Lunatic asylums Punjab 1881-1894 - 1881-1894
Year: 1881
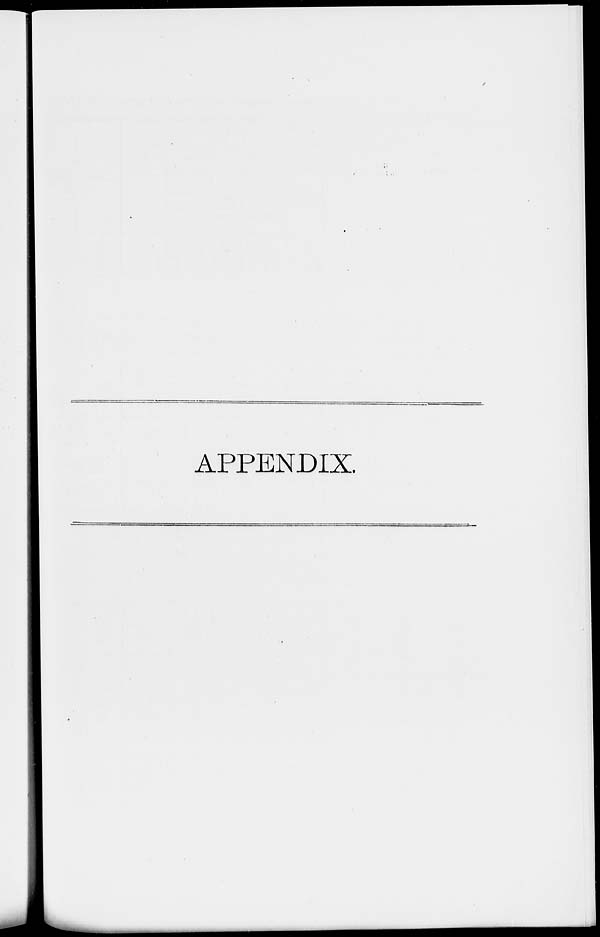
APPENDIX.